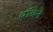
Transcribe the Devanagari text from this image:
बॉबेने